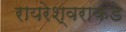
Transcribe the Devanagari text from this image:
रायरेश्वराकडे